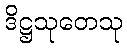
ဒိဋ္ဌသုတေသု